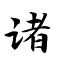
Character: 诸